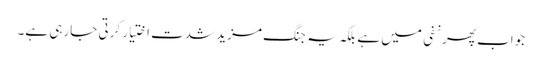
جواب پھر نفی میں ہے بلکہ یہ جنگ مزید شدت اختیار کرتی جارہی ہے۔